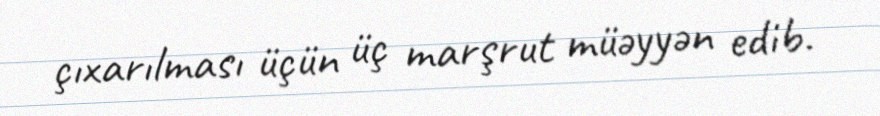
çıxarılması üçün üç marşrut müəyyən edib.